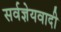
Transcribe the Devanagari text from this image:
सर्वज्ञेयवादी